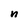
Character: n